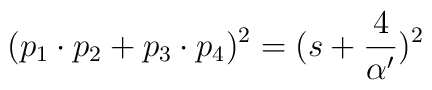
(p_{1}\cdot p_{2}+p_{3}\cdot p_{4})^{2}=(s+\frac{4}{\alpha^{\prime}})^{2}